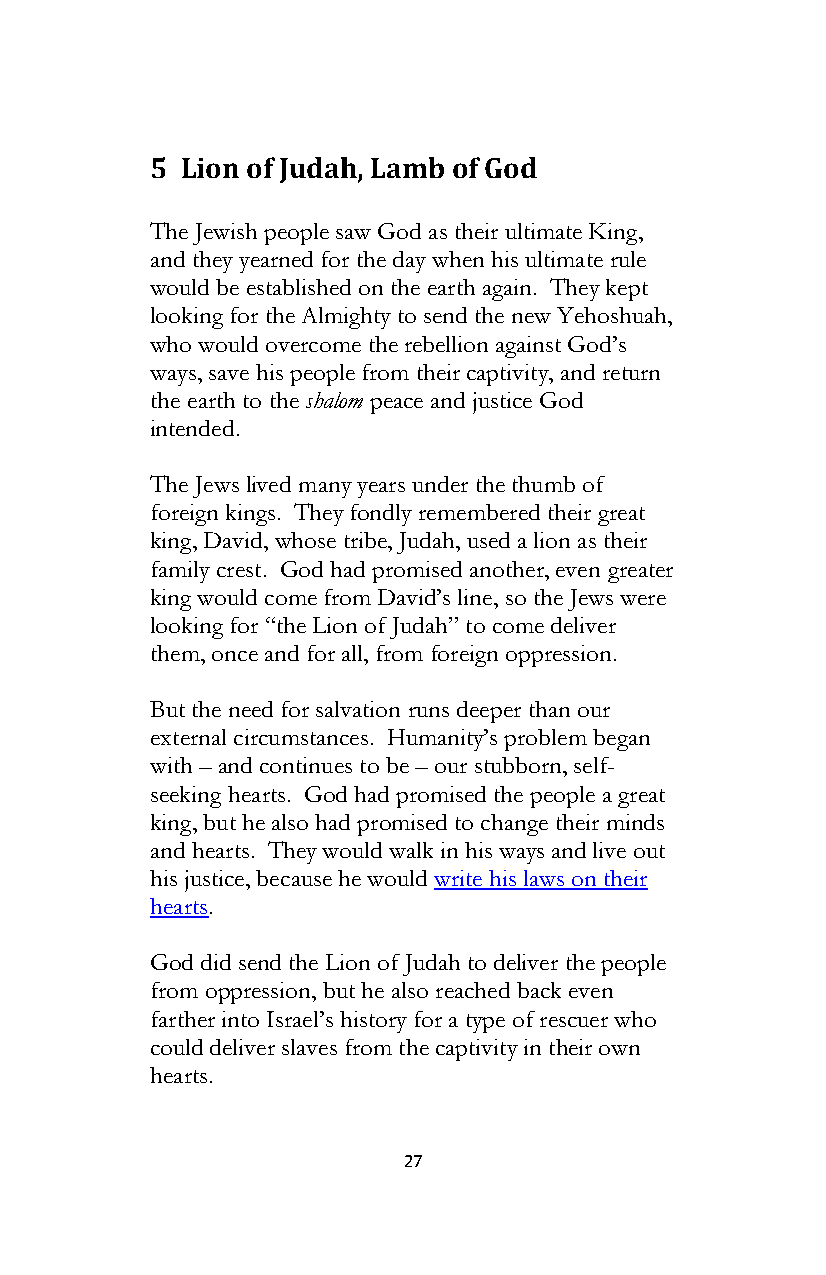
5 Lion of Judah, Lamb of God
 The Jewish people saw God as their ultimate King,
 and they yearned for the day when his ultimate rule
 would be established on the earth again. They kept
 looking for the Almighty to send the new Yehoshuah,
 who would overcome the rebellion against God’s
 ways, save his people from their captivity, and return
 the earth to the shalom peace and justice God
 intended.
 The Jews lived many years under the thumb of
 foreign kings. They fondly remembered their great
 king, David, whose tribe, Judah, used a lion as their
 family crest. God had promised another, even greater
 king would come from David’s line, so the Jews were
 looking for “the Lion of Judah” to come deliver
 them, once and for all, from foreign oppression.
 But the need for salvation runs deeper than our
 external circumstances. Humanity’s problem began
 with – and continues to be – our stubborn, self-
 seeking hearts. God had promised the people a great
 king, but he also had promised to change their minds
 and hearts. They would walk in his ways and live out
 his justice, because he would write his laws on their
 hearts.
 God did send the Lion of Judah to deliver the people
 from oppression, but he also reached back even
 farther into Israel’s history for a type of rescuer who
 could deliver slaves from the captivity in their own
 hearts.
 27